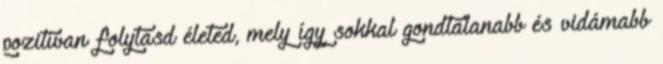
pozitívan folytasd életed, mely így sokkal gondtalanabb és vidámabb